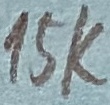
Text: 15K